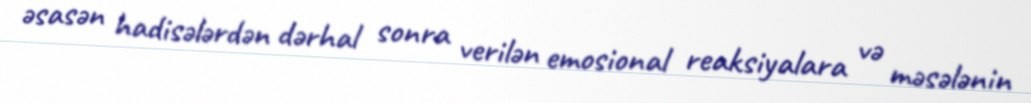
əsasən hadisələrdən dərhal sonra verilən emosional reaksiyalara və məsələnin